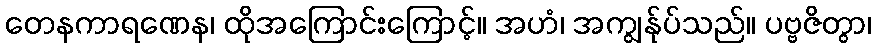
တေနကာရဏေန၊ ထိုအကြောင်းကြောင့်။ အဟံ၊ အကျွန်ုပ်သည်။ ပဗ္ဗဇိတွာ၊